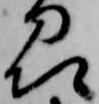
州